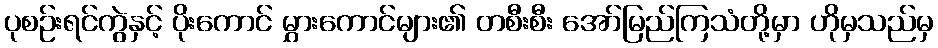
ပုစဉ်းရင်ကွဲနှင့် ပိုးကောင် မွှားကောင်များ၏ တစီးစီး အော်မြည်ကြသံတို့မှာ ဟိုမှသည်မှ